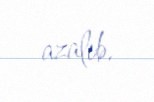
azalıb.